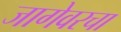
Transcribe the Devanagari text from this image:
जागेवरचा